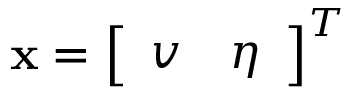
\mathbf { x } = \left[ \begin{array} { l l } { v } & { \eta } \end{array} \right] ^ { T }